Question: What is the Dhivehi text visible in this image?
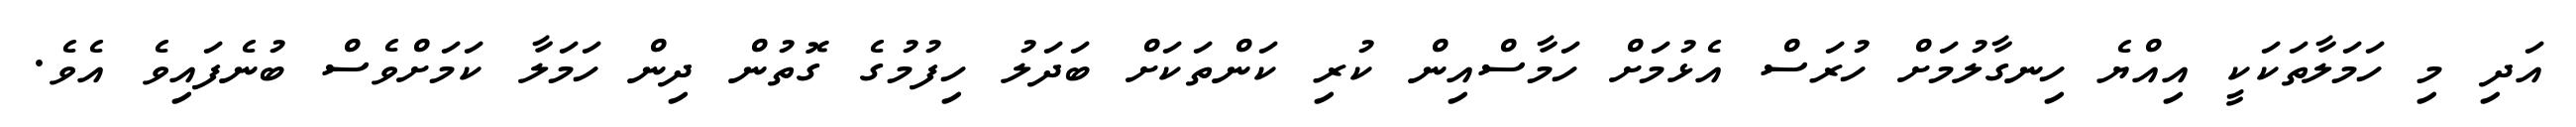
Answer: އަދި މި ހަމަލާތަކަކީ އިއްޔެ ހިނގާލުމަށް ހުރަސް އެޅުމަށް ހަމާސްއިން ކުރި ކަންތަކަށް ބަދަލު ހިފުމުގެ ގޮތުން ދިން ހަމަލާ ކަމަށްވެސް ބުނެފައިވެ އެވެ.